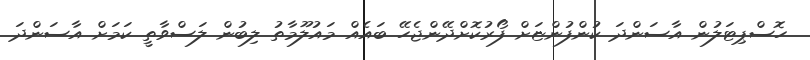
ހޮސްޕިޓަލުން އާސަންދަ ކުންފުންޏަށް ފޯރުކޮށްދޭންޖެހޭ ބައެއް މައުލޫމާތު ލިބުން ލަސްވާތީ ކަމަށް އާސަންދަ